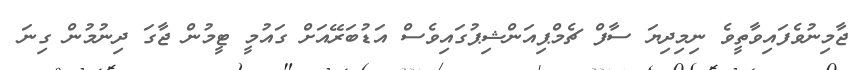
ޖާމިނުވެފައިވާތީވެ ނިމިދިޔަ ސާފް ޗެމްޕިއަންޝިޕުގައިވެސް އަޑުބަރޭއަށް ގައުމީ ޓީމުން ޖާގަ ދިނުމުން ގިނަ